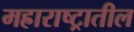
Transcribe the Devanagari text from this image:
मह्राराष्ट्रातील